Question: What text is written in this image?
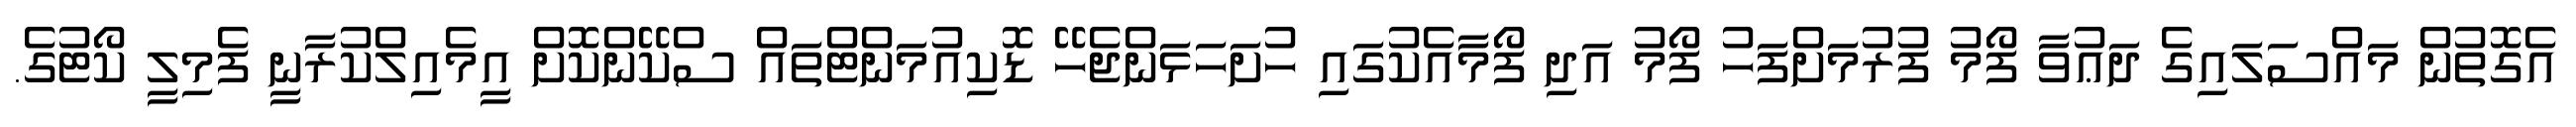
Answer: އެގޮތުން މައްސަލައިގެ ދަޢުވާ ފޯމު ފުރުމަށްފަހު ފޯމު އަދި ފޯމާއެކުގައި ހުށަހަޅަންޖެހޭ ޑޮކިއުމަންޓްތައް ސްކޭންކޮށް އީމެއިލްކުރާނީ ފެމިލީ ކޯޓުގެ.